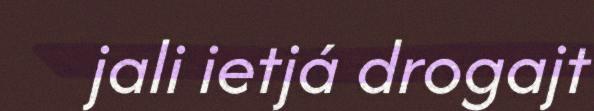
jali ietjá drogajt